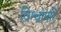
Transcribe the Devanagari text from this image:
विश्वोपरि